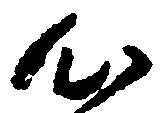
心